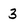
Character: 3